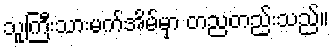
သူကြီးသားမက်အိမ်မှာ တညတည်းသည်။